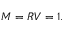
\begin{array} { r } { M = R V = 1 . } \end{array}